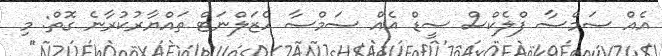
އެއް ސަމްސާ ފްލެކްސް ސީޑް އެއް ސަމްސާ ހެޒަލްނަޓް ތައްޔާރުކުރާނެ ގޮތް: މި